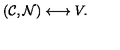
( { \cal C } , { \cal N } ) \longleftrightarrow V .